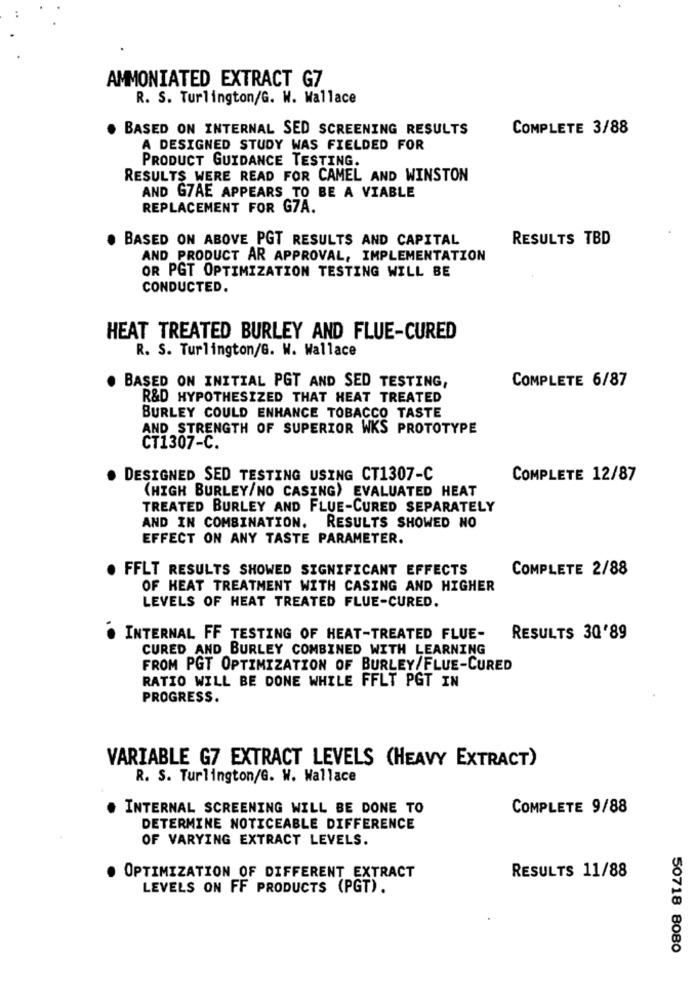
AMMONIATED EXTRACT G7
R. S. Turlington/G. W. Wallace
BASED ON INTERNAL SED SCREENING RESULTS
COMPLETE 3/88
A DESIGNED STUDY WAS FIELDED FOR
PRODUCT GUIDANCE TESTING.
RESULTS WERE READ FOR CAMEL AND WINSTON
AND G7AE APPEARS TO BE A VIABLE
REPLACEMENT FOR G7A.
BASED ON ABOVE PGT RESULTS AND CAPITAL
RESULTS TBD
AND PRODUCT AR APPROVAL, IMPLEMENTATION
OR PGT OPTIMIZATION TESTING WILL BE
CONDUCTED.
HEAT TREATED BURLEY AND FLUE-CURED
R. S. Turlington/G. W. Wallace
COMPLETE 6/87
BASED ON INITIAL PGT AND SED TESTING,
R&D HYPOTHESIZED THAT HEAT TREATED
BURLEY COULD ENHANCE TOBACCO TASTE
AND STRENGTH OF SUPERIOR WKS PROTOTYPE
CT1307-C.
DESIGNED SED TESTING USING CT1307-C
COMPLETE 12/87
(HIGH BURLEY/NO CASING) EVALUATED HEAT
TREATED BURLEY AND FLUE-CURED SEPARATELY
AND IN COMBINATION. RESULTS SHOWED NO
EFFECT ON ANY TASTE PARAMETER.
FFLT RESULTS SHOWED SIGNIFICANT EFFECTS
COMPLETE 2/88
OF HEAT TREATMENT WITH CASING AND HIGHER
LEVELS OF HEAT TREATED FLUE-CURED.
INTERNAL FF TESTING OF HEAT-TREATED FLUE-
RESULTS 30'89
CURED AND BURLEY COMBINED WITH LEARNING
FROM PGT OPTIMIZATION OF BURLEY/FLUE-CURED
RATIO WILL BE DONE WHILE FFLT PGT IN
PROGRESS.
VARIABLE G7 EXTRACT LEVELS (HEAVY EXTRACT)
R. S. Turlington/G. W. Wallace
INTERNAL SCREENING WILL BE DONE TO
COMPLETE 9/88
DETERMINE NOTICEABLE DIFFERENCE
OF VARYING EXTRACT LEVELS.
OPTIMIZATION OF DIFFERENT EXTRACT
RESULTS 11/88
LEVELS ON FF PRODUCTS (PGT).
50718 8080